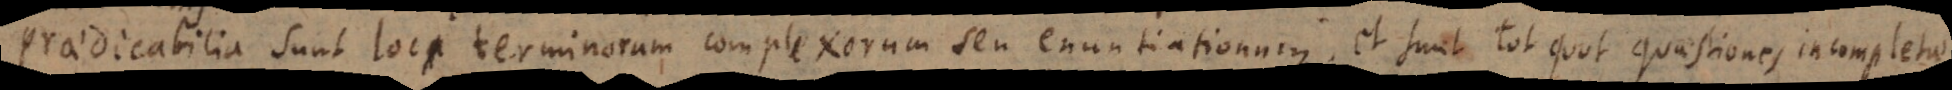
Praedicabilia sunt loci terminorum complexorum seu enuntiationum, et sunt tot quot quaestiones incompletae.